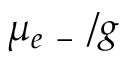
\mu _ { e \mathrm { ~ - ~ } } / g